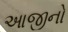
આજીનો